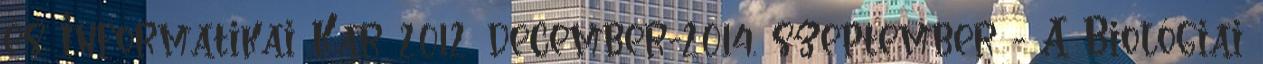
és Informatikai Kar 2012. december-2014. szeptember - A Biológiai